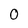
Character: O